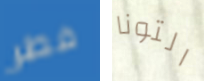
فطر التونا